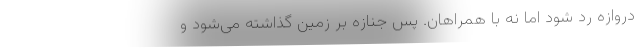
دروازه رد شود اما نه با همراهان. پس جنازه بر زمین گذاشته می‌شود و